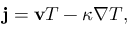
\mathbf { j } = \mathbf { v } T - \kappa \nabla T ,